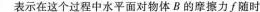
表示在这个过程中水平面对物体B的摩擦力f随时